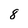
Character: 8